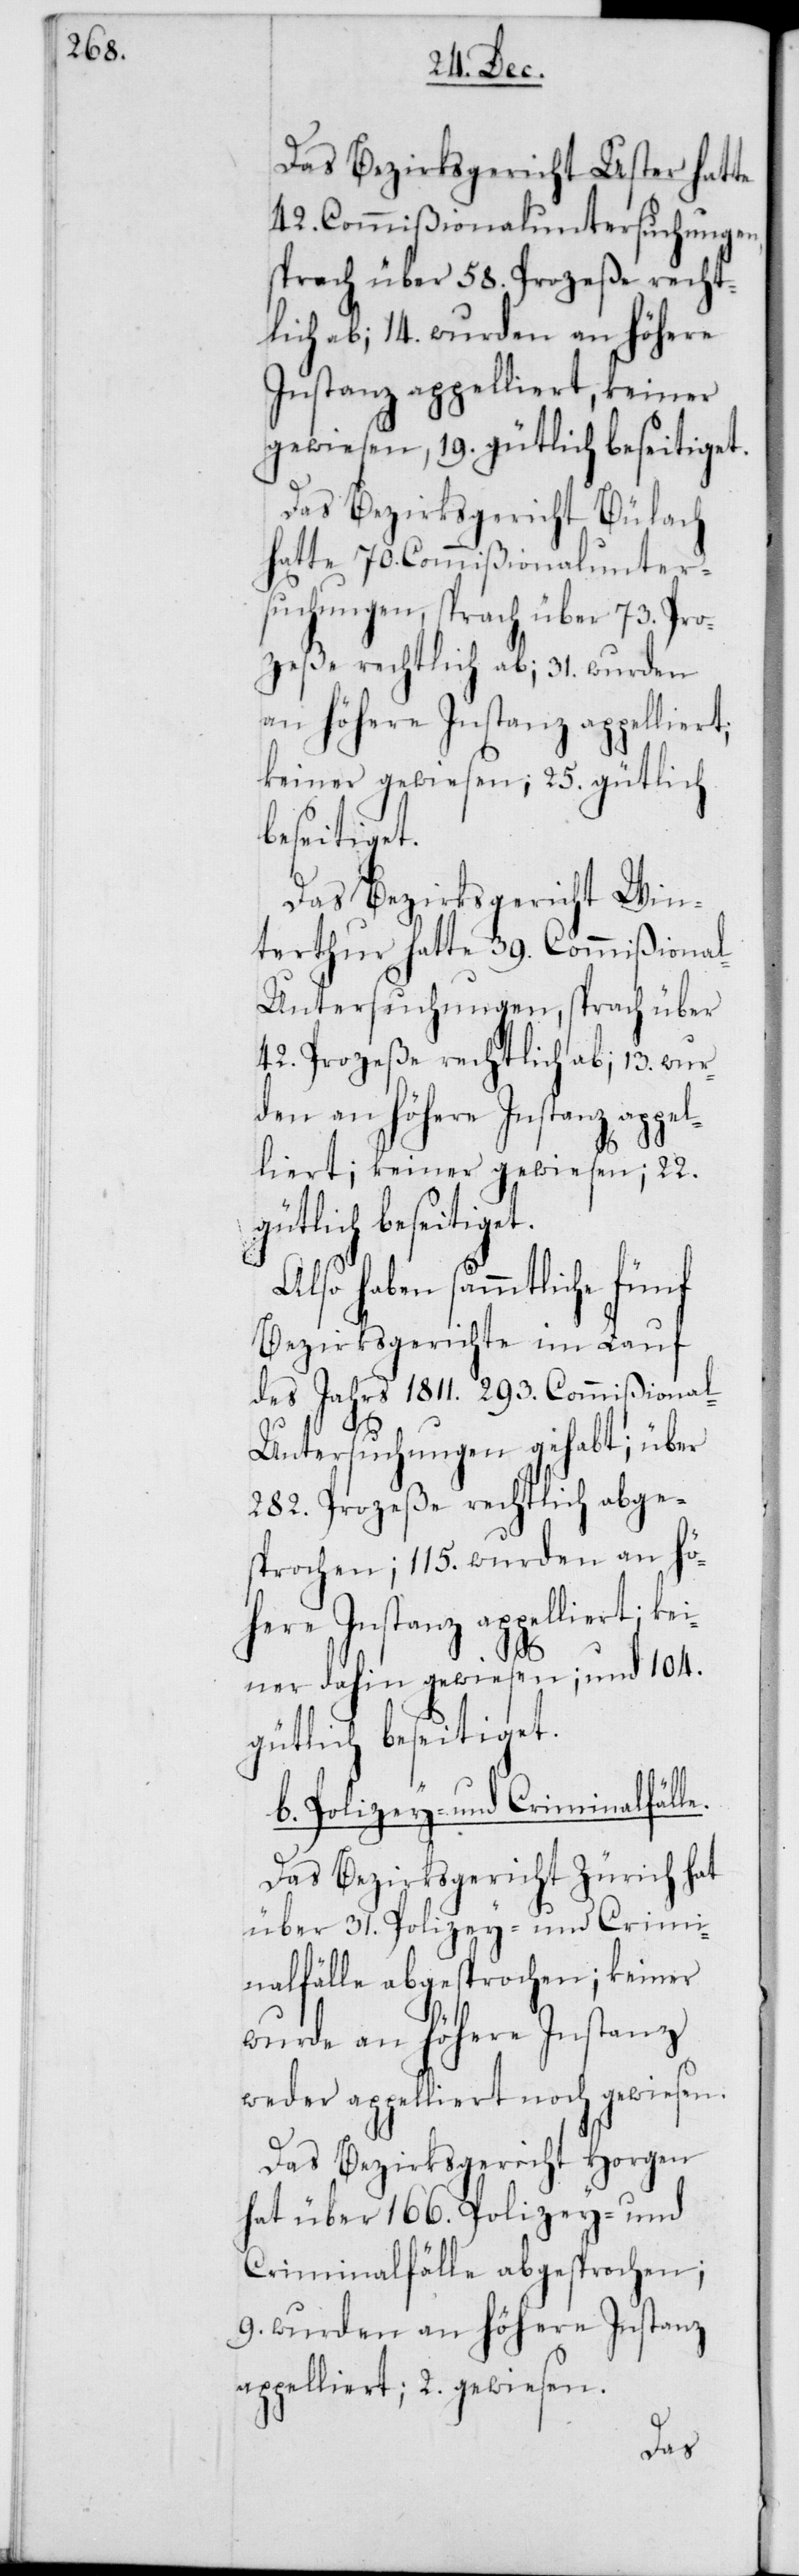
Das Bezirksgericht Uster hatte
42. Commißionaluntersuchungen,
sprach über 58. Prozeße recht¬
lich ab; 14. wurden an höhere
Instanz appelliert, keiner
gewiesen, 19. gütlich beseitiget.
Das Bezirksgericht Bülach
hatte 70. Commißionalunter¬
suchungen, sprach über 73. Pro¬
zeße rechtlich ab; 31. wurden
an höhere Instanz appelliert;
keiner gewiesen; 25. gütlich
beseitiget.
Das Bezirksgericht Win¬
terthur hatte 39. Commißiona¬
l-Untersuchungen, sprach über
42. Prozeße rechtlich ab; 13. wur¬
den an höhere Instanz appel¬
liert; keiner gewiesen; 22.
gütlich beseitiget.
Also haben sämmtliche fünf
Bezirksgerichte im Lauf
des Jahrs 1811. 293. Commißional-U¬
ntersuchungen gehabt; über
282. Prozeße rechtlich abge¬
sprochen; 115. wurden an hö¬
here Instanz appelliert; kei¬
le.
ner dahin gewiesen; und 104.
gütlich beseitiget.
b. Polizey- und Criminalfäl¬
Das Bezirksgericht Zürich hat
über 31. Polizey- und Crimi¬
nalfälle abgesprochen; keiner
wurde an höhere Instanz
weder appelliert noch gewiesen.
Das Bezirksgericht Horgen
hat über 166. Polizey- und
Criminalfälle abgesprochen;
9. wurden an höhere Instanz
appelliert; 2. gewiesen.